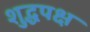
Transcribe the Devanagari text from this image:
शुद्धपक्ष